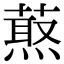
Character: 𦼈